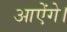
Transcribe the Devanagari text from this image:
आऐंगे।